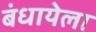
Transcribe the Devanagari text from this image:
बंधायेला